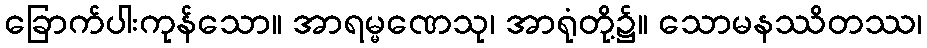
ခြောက်ပါးကုန်သော။ အာရမ္မဏေသု၊ အာရုံတို့၌။ သောမနဿိတဿ၊